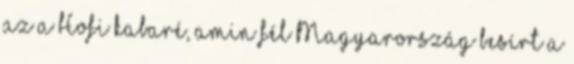
az a Hofi kabaré, amin fél Magyarország besírt a